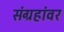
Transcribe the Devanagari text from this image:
संग्रहांवर